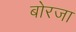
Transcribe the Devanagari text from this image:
बोरजा